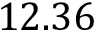
1 2 . 3 6